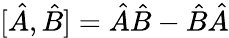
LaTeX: [\hat{A},\hat{B}]=\hat{A}\hat{B}-\hat{B}\hat{A}